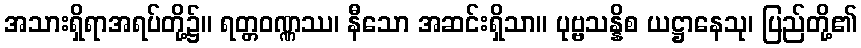
အသားရှိရာအရပ်တို့၌။ ရတ္တဝဏ္ဏဿ၊ နီသော အဆင်းရှိသာ။ ပုဗ္ဗသန္နိစ ယဋ္ဌာနေသု၊ ပြည်တို့၏